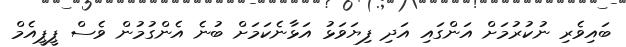
ބައިވެރި ނުކުރުމަށް އަންގައި އަދި ފިޔަވަޅު އަޅާނެކަމަށް ބުނެ އެންގުމުން ވެސް ޕީޕީއެމް